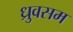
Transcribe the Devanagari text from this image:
ध्रुवसम